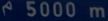
²5000 m